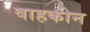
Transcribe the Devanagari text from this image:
वाहकीन